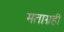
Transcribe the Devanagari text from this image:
मताग्रही